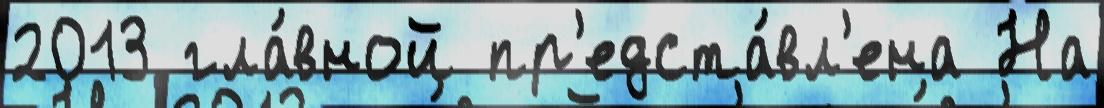
2013 гла́вной пр'едста́вл'ена На